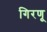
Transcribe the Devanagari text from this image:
गिरणू